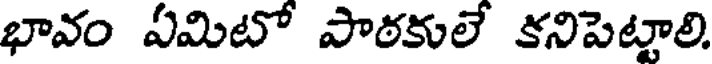
భావం ఏమిటో పాఠకులే కనిపెట్టాలి.